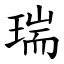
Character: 瑞